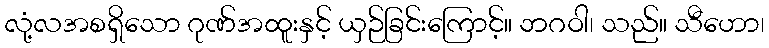
လုံ့လအစရှိသော ဂုဏ်အထူးနှင့် ယှဉ်ခြင်းကြောင့်။ ဘဂဝါ၊ သည်။ သီဟော၊